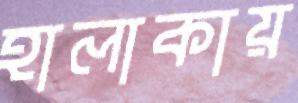
হালাকায়